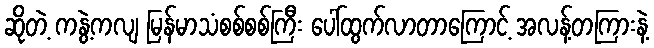
ဆိုတဲ့ ကနွဲ့ကလျ မြန်မာသံစစ်စစ်ကြီး ပေါ်ထွက်လာတာကြောင့် အလန့်တကြားနဲ့